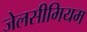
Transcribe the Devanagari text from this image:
जेलसीमियम